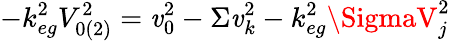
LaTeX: -k_{eg}^{2}V_{0(2)}^{2}=\mathit{v}_{0}^{2}-\Sigma\mathit{v}_{k}^{2}-k_{eg}^{2}\SigmaV_{j}^{2}